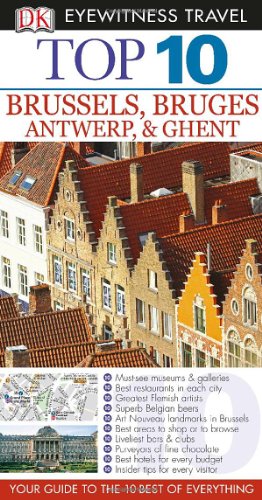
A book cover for Top 10 Brussels (Eyewitness Top 10 Travel Guide); Antony Mason; Travel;